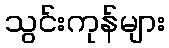
သွင်းကုန်များ